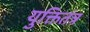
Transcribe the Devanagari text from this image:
युक्तितंत्र